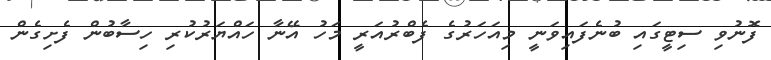
ފޮނުވި ސިޓީގައި ބުނެފައިވަނީ މިއަހަރުގެ ފެބްރުއަރީ މަހު އޭނާ ހައްޔަރުކުރި ހިސާބުން ފެށިގެން